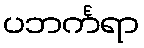
ပဘင်္ကရာ